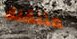
متنقلة